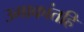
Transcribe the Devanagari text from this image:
उमाकांतहि